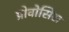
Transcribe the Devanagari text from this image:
प्रोवोसिस